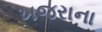
ખજરાના